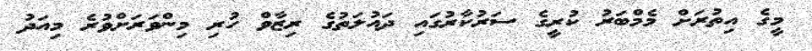
މީގެ އިތުރަށް މެމްބަރު ކުރީގެ ސަރުކާރުގައި ދައުލަތުގެ ރިޒާވް ހުރި މިންވަރަށްވުރެ މިއަދު